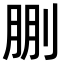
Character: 𠜳